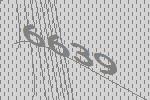
6639